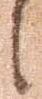
之